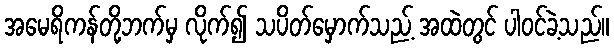
အမေရိကန်တို့ဘက်မှ လိုက်၍ သပိတ်မှောက်သည့် အထဲတွင် ပါဝင်ခဲ့သည်။